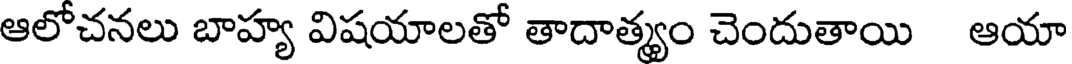
ఆలోచనలు బాహ్య విషయాలతో తాదాత్యం చెందుతాయి ఆయా